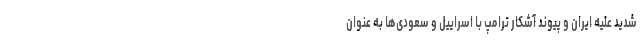
شدید علیه ایران و پیوند آشکار ترامپ با اسراییل و سعودی‌ها به عنوان